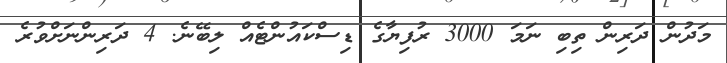
މަދުން ދަރިން ތިބި ނަމަ 3000 ރުފިޔާގެ ޑިސްކައުންޓެއް ލިބޭނެ. 4 ދަރިންނަށްވުރެ